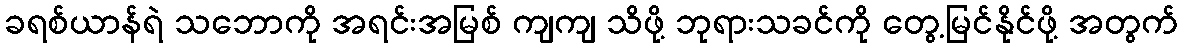
ခရစ်ယာန်ရဲ သဘောကို အရင်းအမြစ် ကျကျ သိဖို့ ဘုရားသခင်ကို တွေ့မြင်နိုင်ဖို့ အတွက်